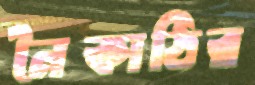
নৈকাঠির